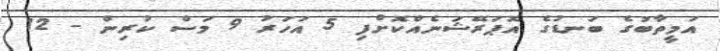
އަމީތާބުގެ ބަނޑުގެ އޮޕަރޭޝަނެއްކޮށްފި 5 އަހަރު 9 މަސް ކުރިން - 12